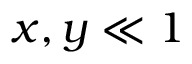
x , y \ll 1